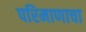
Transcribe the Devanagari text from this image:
परिमाणाचा